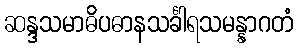
ဆန္ဒသမာဓိပဓာနသင်္ခါရသမန္နာဂတံ